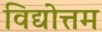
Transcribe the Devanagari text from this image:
विद्योत्तम